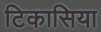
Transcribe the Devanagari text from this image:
टिकासिया